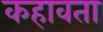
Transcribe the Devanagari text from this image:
कहावता